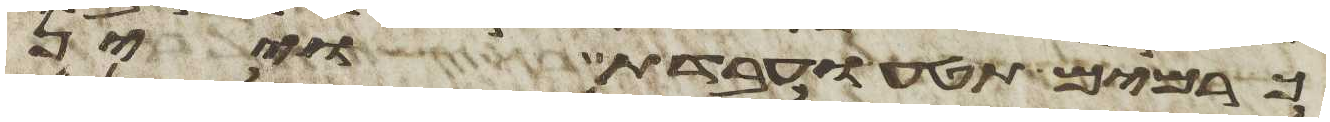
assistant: כרמים תטע ועבדת ויין